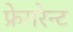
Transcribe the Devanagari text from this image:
फ्रेगरेन्ट